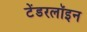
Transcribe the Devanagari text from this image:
टेंडरलॉइन